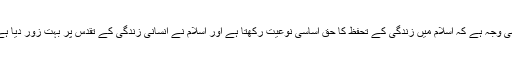
یہی وجہ ہے کہ اسلام میں زندگی کے تحفظ کا حق اساسی نوعیت رکھتا ہے اور اسلام نے انسانی زندگی کے تقدس پر بہت زور دیا ہے۔